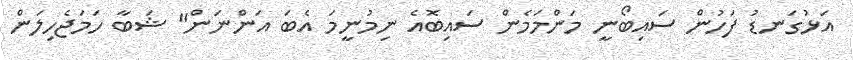
އަޅުގަނޑު ފަހުން ސައިބޯނީ މަންމަމެން ސައިބޮއެ ނިމުނީމަ އެބަ އަންނަން" ޝަބާ ހަމަޖެހިލަން